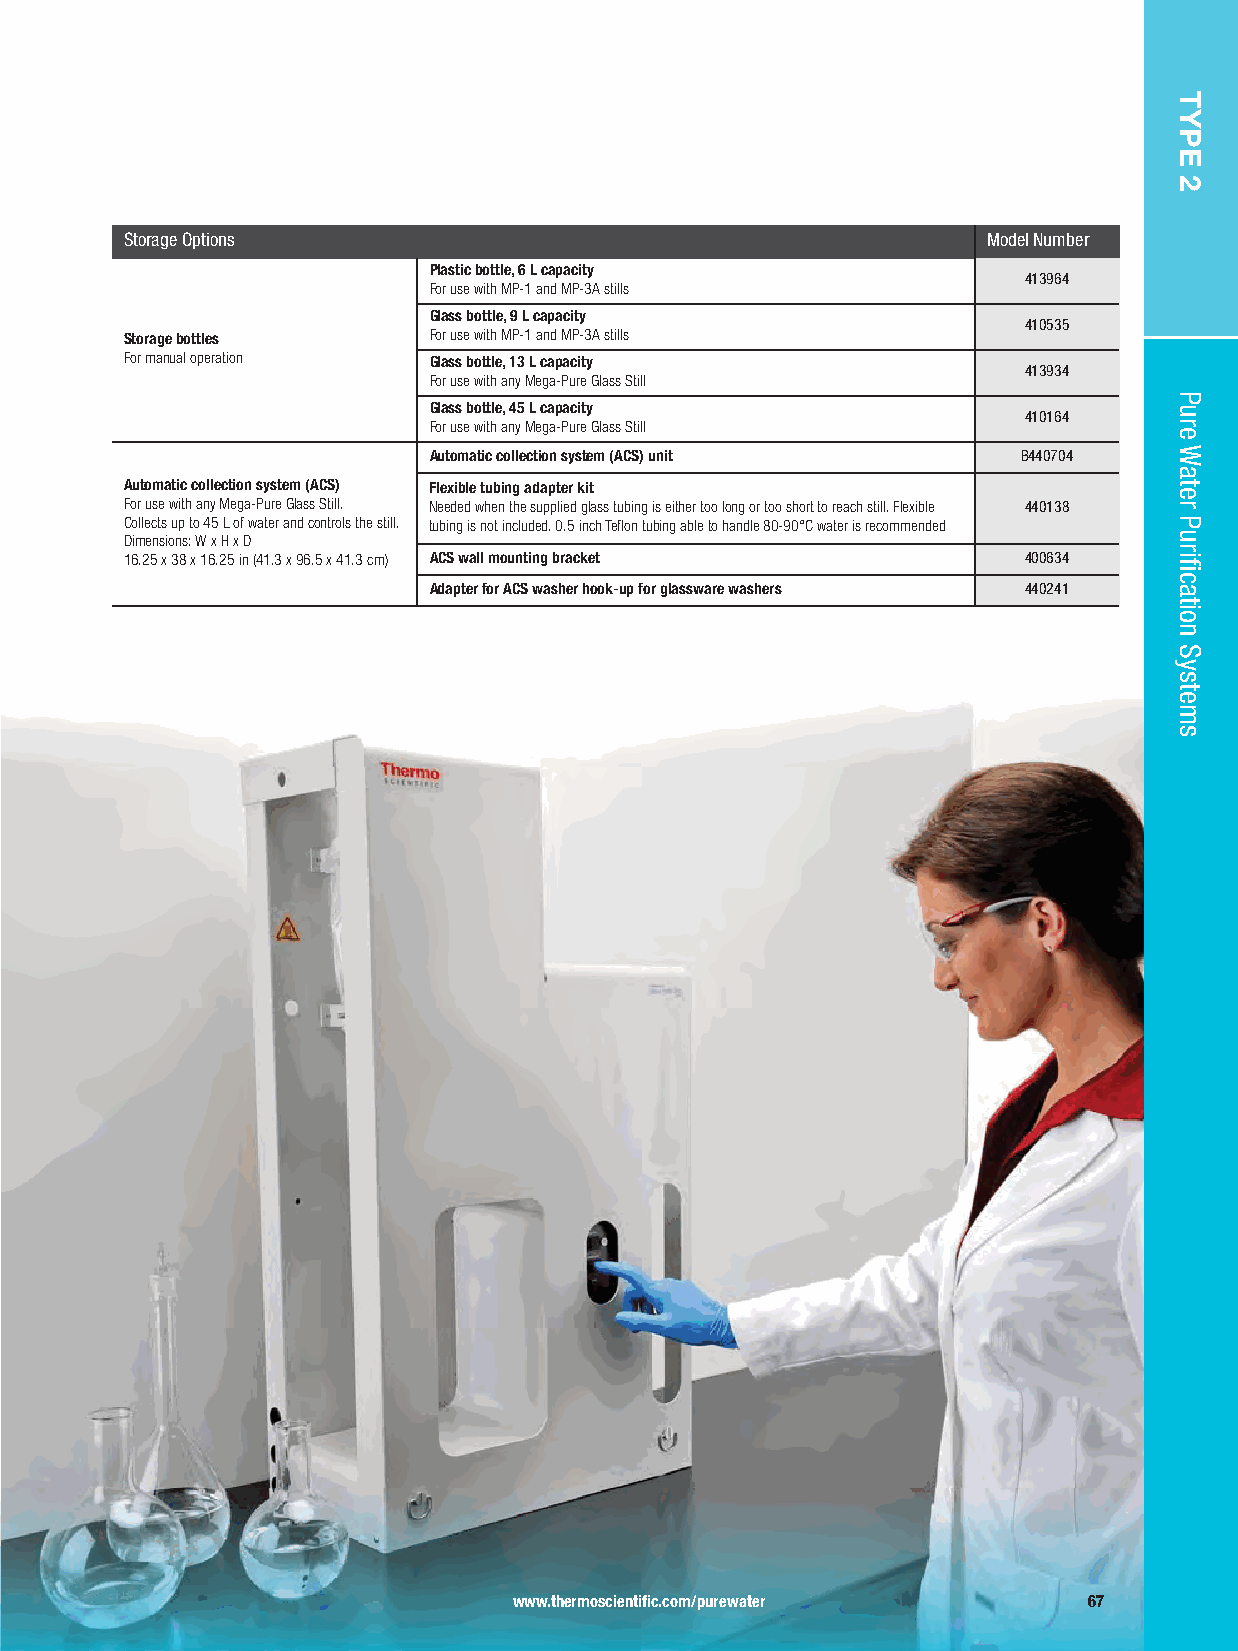
Storage Options                                          Model Number
 Plastic bottle, 6 L capacity
 413964
 For use with MP-1 and MP-3A stills
 Glass bottle, 9 L capacity
 410535
 Storage bottles     For use with MP-1 and MP-3A stills
 For manual operation Glass bottle, 13 L capacity
 413934
 For use with any Mega-Pure Glass Still
 Glass bottle, 45 L capacity
 410164
 For use with any Mega-Pure Glass Still
 Automatic collection system (ACS) unit  B440704
 Automatic collection system (ACS) Flexible tubing adapter kit
 For use with any Mega-Pure Glass Still. Needed when the supplied glass tubing is either too long or too short to reach still. Flexible 440138
 Collects up to 45 L of water and controls the still. tubing is not included. 0.5 inch Teflon tubing able to handle 80-90°C water is recommended
 Dimensions: W x H x D
 16.25 x 38 x 16.25 in (41.3 x 96.5 x 41.3 cm) ACS wall mounting bracket 400634
 Adapter for ACS washer hook-up for glassware washers 440241
 www.thermoscientific.com/purewater    67
 TYPE
 2
 Pure
 Water
 Purification
 Systems